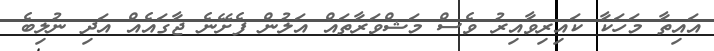
އައިތާ މަހަކާ ކައިރިވާއިރު ވެސް މަޝްވަރާތައް އަލުން ފެށޭނެ ޖާގައެއް އަދި ނުލިބެ